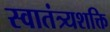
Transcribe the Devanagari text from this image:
स्वातंत्र्यशक्ति